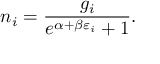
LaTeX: n _ { i } = { \frac { g _ { i } } { e ^ { \alpha + \beta \varepsilon _ { i } } + 1 } } .